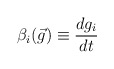
\begin{align*}\beta _{i}(\vec{g})\equiv \frac{dg_{i}}{dt}\end{align*}